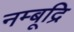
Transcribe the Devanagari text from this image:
नम्बूद्रि